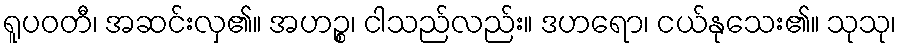
ရူပဝတီ၊ အဆင်းလှ၏။ အဟဉ္စ၊ ငါသည်လည်း။ ဒဟရော၊ ငယ်နုသေး၏။ သုသု၊